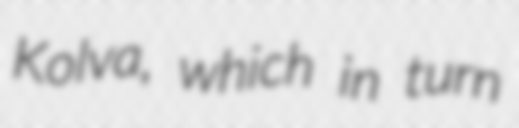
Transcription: Kolva, which in turn